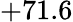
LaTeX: +71.6